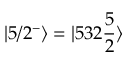
| 5 / 2 ^ { - } \rangle = | 5 3 2 \frac { 5 } { 2 } \rangle